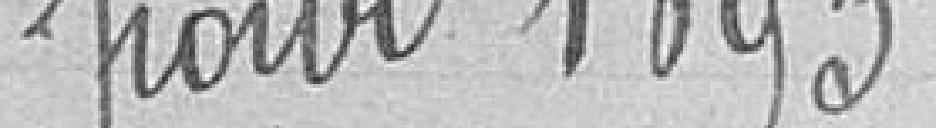
pour 1893